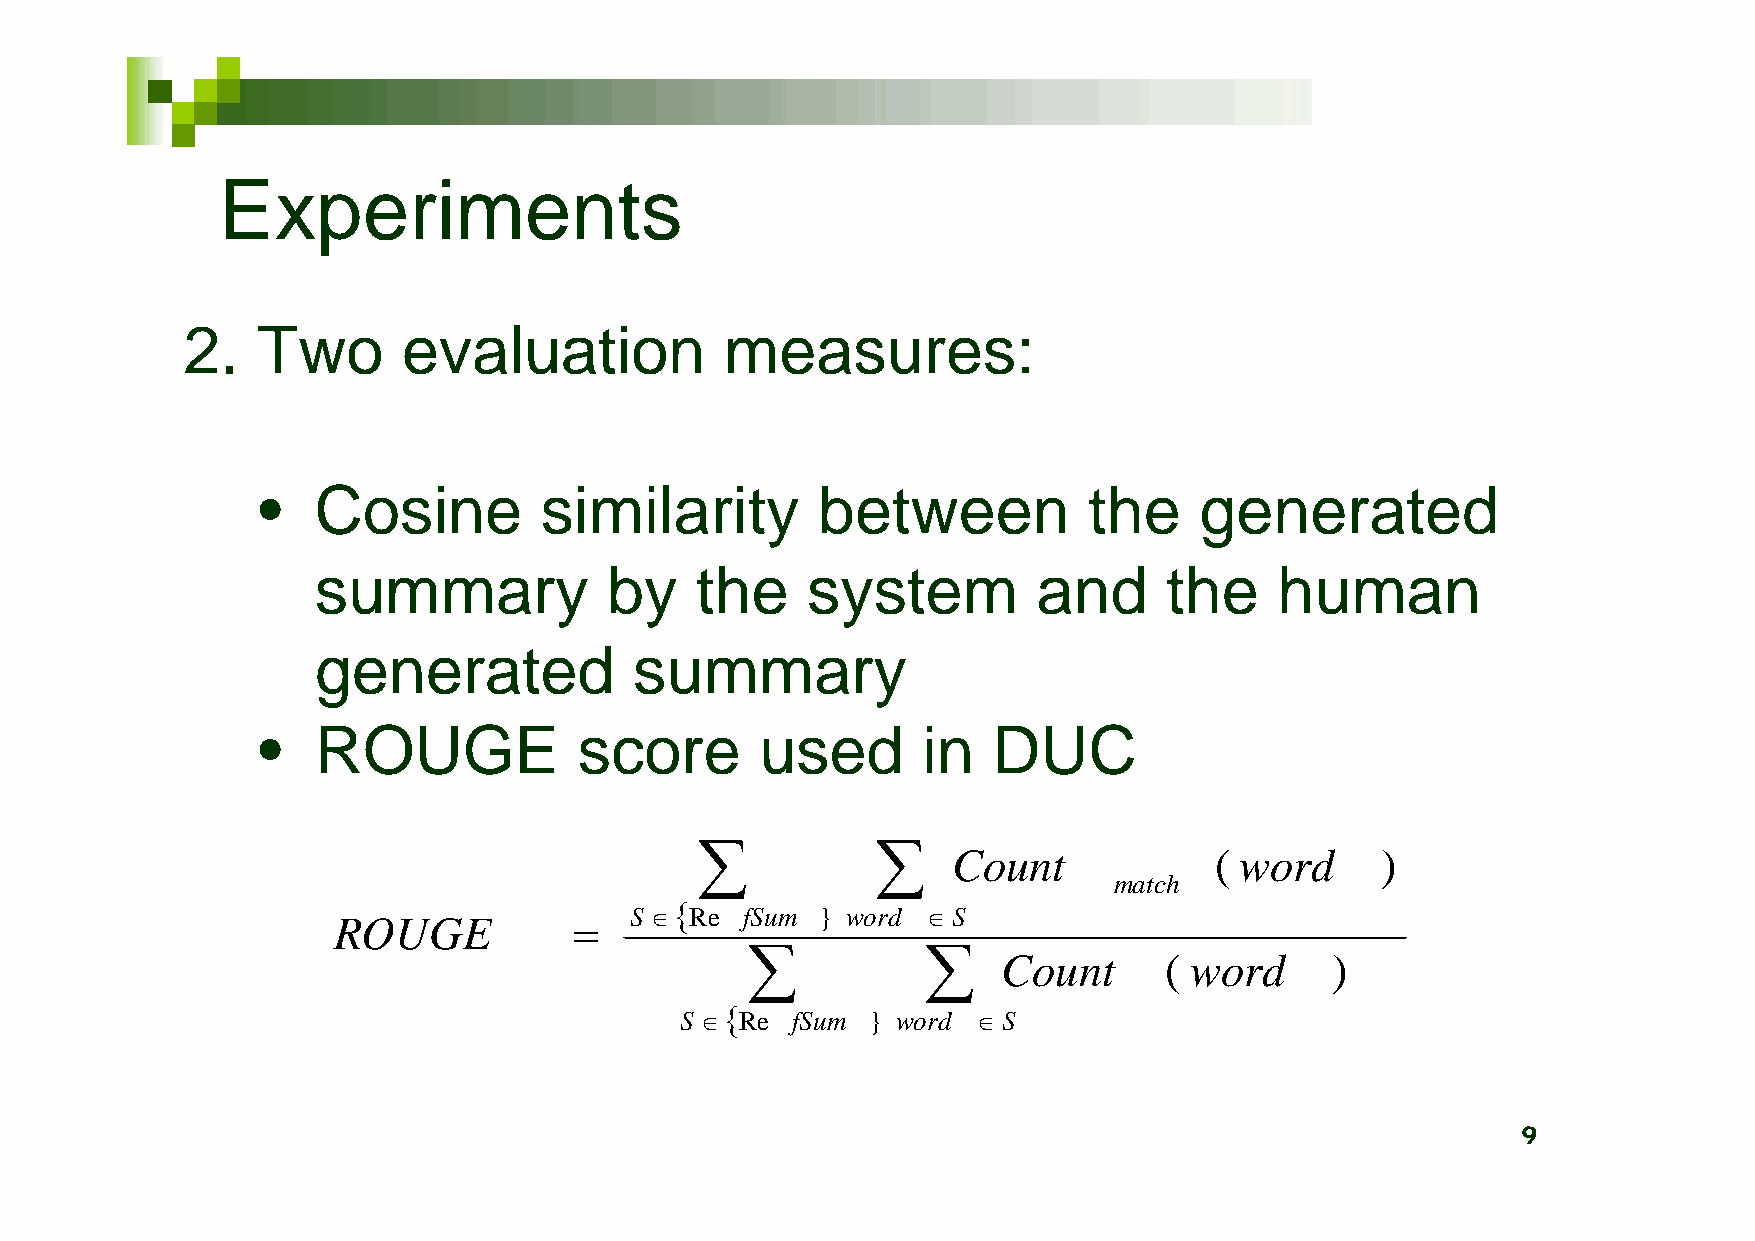
Experiments
 2.   Two       evaluation           measures:
 •   Cosine         similarity        between           the    generated
 summary            by    the    system          and     the     human
 generated            summary
 •   ROUGE            score       used       in   DUC
            
 Count            ( word     )
 match
 
 S  Re fSum } word  S
 ROUGE           
            
 Count      ( word     )
 
 S  Re fSum  } word  S
 9